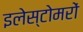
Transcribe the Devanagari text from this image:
इलेस्टोमरों